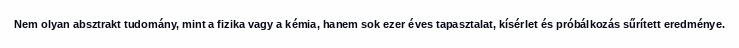
Nem olyan absztrakt tudomány, mint a fizika vagy a kémia, hanem sok ezer éves tapasztalat, kísérlet és próbálkozás sűrített eredménye.